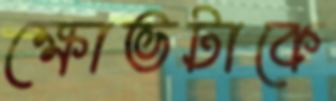
ক্ষোভটাকে